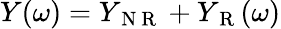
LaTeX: \begin{array}{r}{Y(\omega)=Y_{\mathrm{~N~R~}}+Y_{\mathrm{~R~}}(\omega)}\end{array}